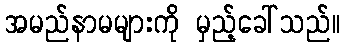
အမည်နာမများကို မှည့်ခေါ်သည်။